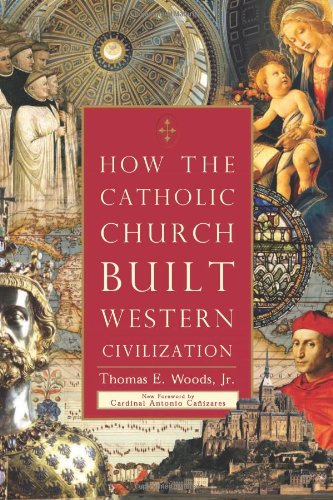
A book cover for How the Catholic Church Built Western Civilization; Thomas E. Woods; History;